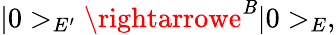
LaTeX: |0>_{E^{\prime}}\rightarrowe^{\cal\mathit{B}}|0>_{E},